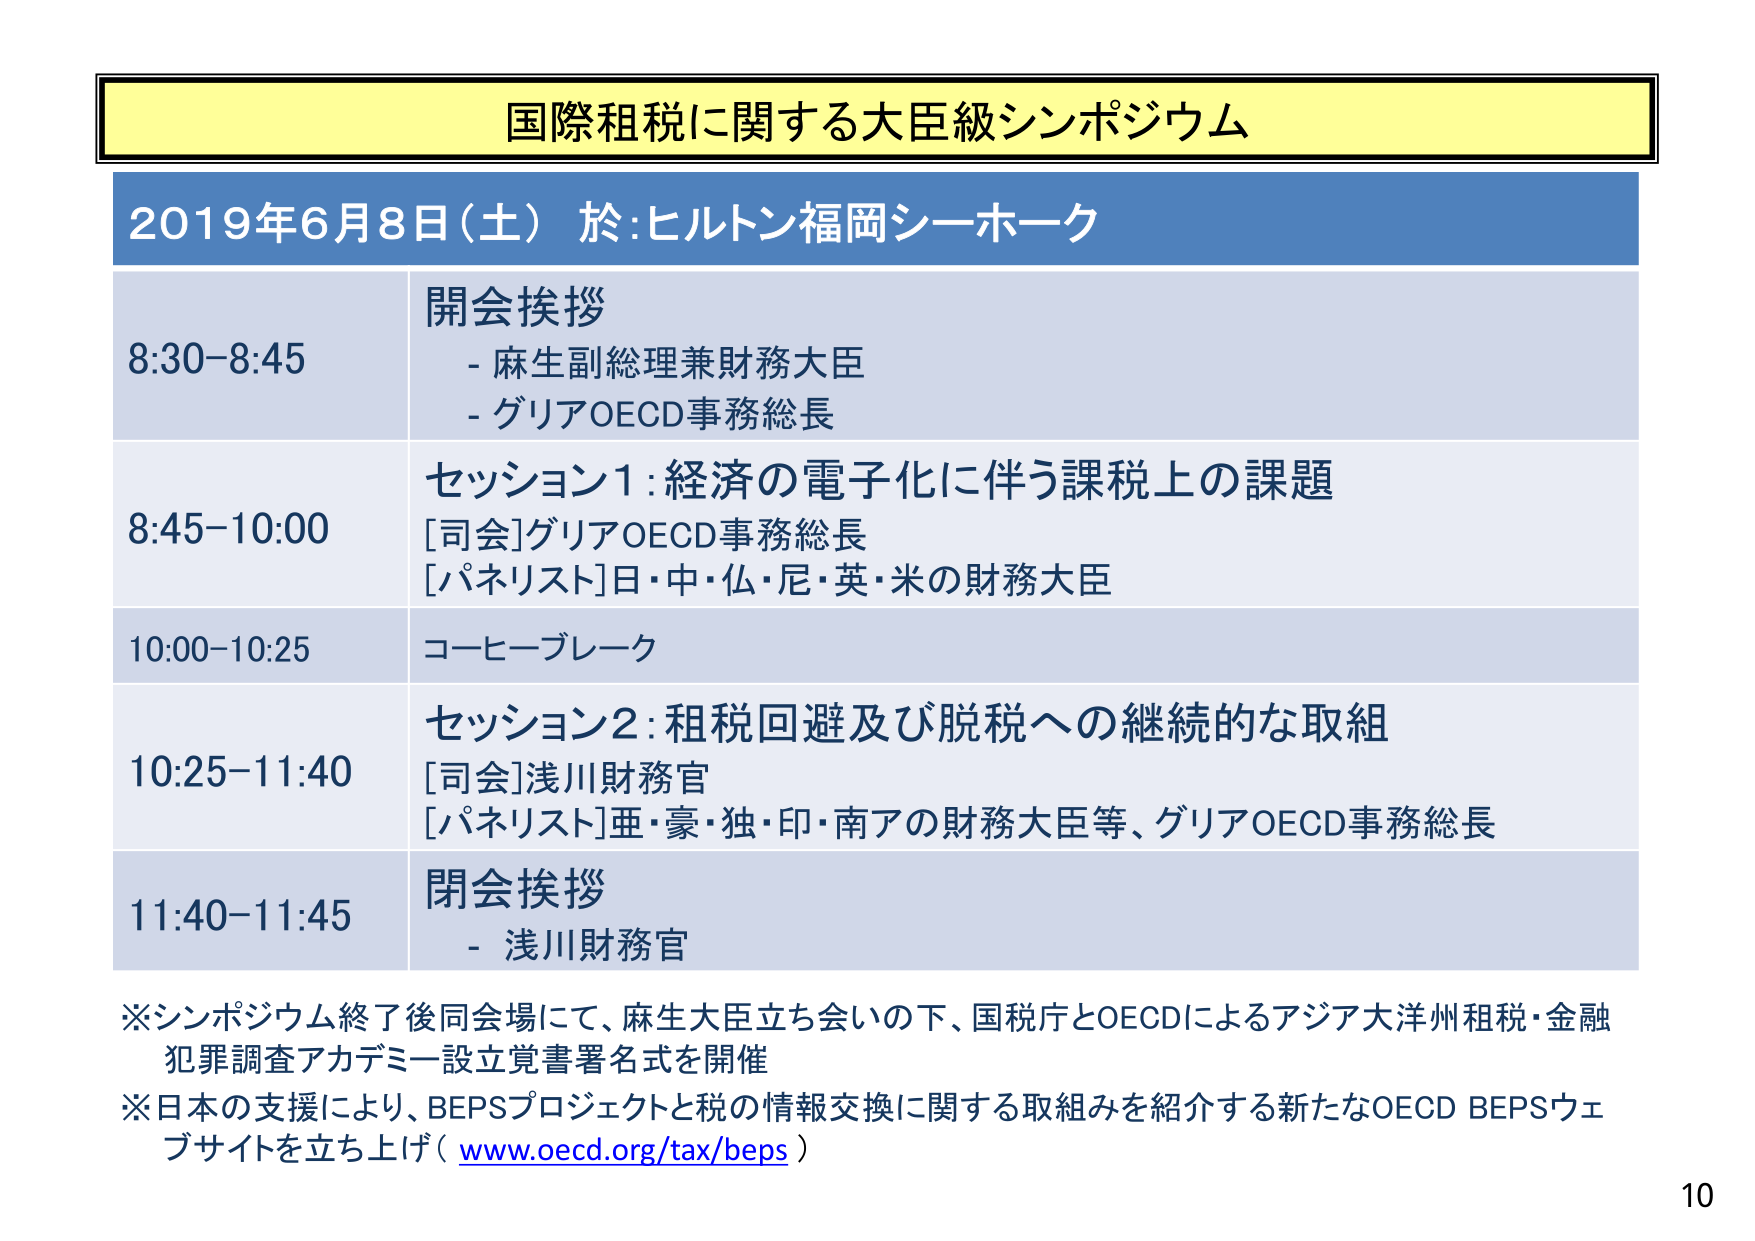
国際租税に関する大臣級シンポジウム
2019年6月8日（土） 於：ヒルトン福岡シーホーク
8:30-8:45 開会挨拶
- 麻生副総理兼財務大臣
- グリアOECD事務総長
8:45-10:00 セッション1：経済の電子化に伴う課税上の課題
[司会]グリアOECD事務総長
[パネリスト]日・中・仏・尼・英・米の財務大臣
10:00-10:25 コーヒーブレイク
10:25-11:40 セッション2：租税回避及び脱税への継続的な取組
[司会]浅川財務官
[パネリスト]亜・豪・独・印・南アの財務大臣等、グリアOECD事務総長
11:40-11:45 閉会挨拶
- 浅川財務官
※シンポジウム終了後同会場にて、麻生大臣立ち会いの下、国税庁とOECDによるアジア大洋州租税・金融犯罪調査アカデミー設立覚書署名式を開催
※日本の支援により、BEPSプロジェクトと税の情報交換に関する取組みを紹介する新たなOECD BEPSウェブサイトを立ち上げ（www.oecd.org/tax/beps）
10